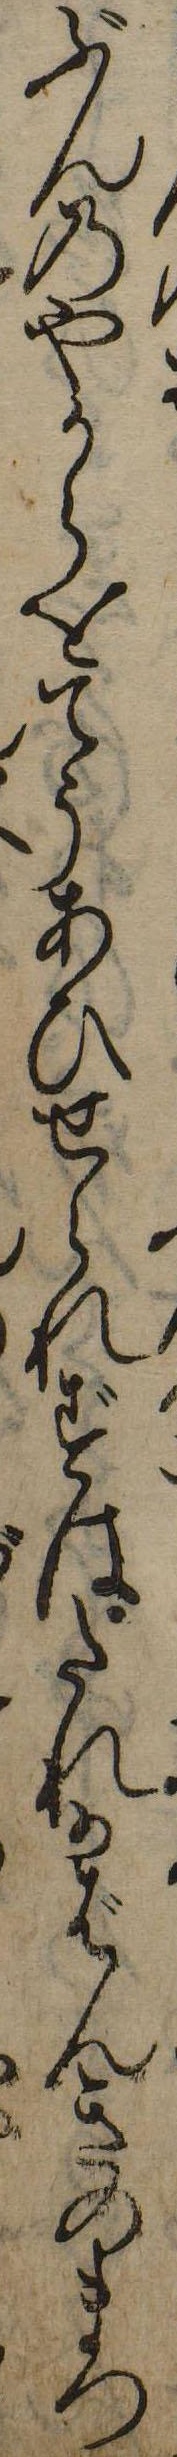
ぶんのやからをてうあひせられずはたれかばんきのまつ